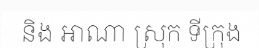
និង អាណា ស្រុក ទីក្រុង